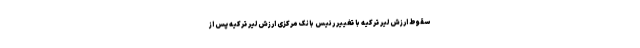
سقوط ارزش لیر ترکیه با تغییر رئیس بانک مرکزی ارزش لیر ترکیه پس از